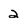
Character: 2